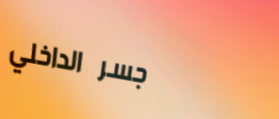
جسر الداخلي